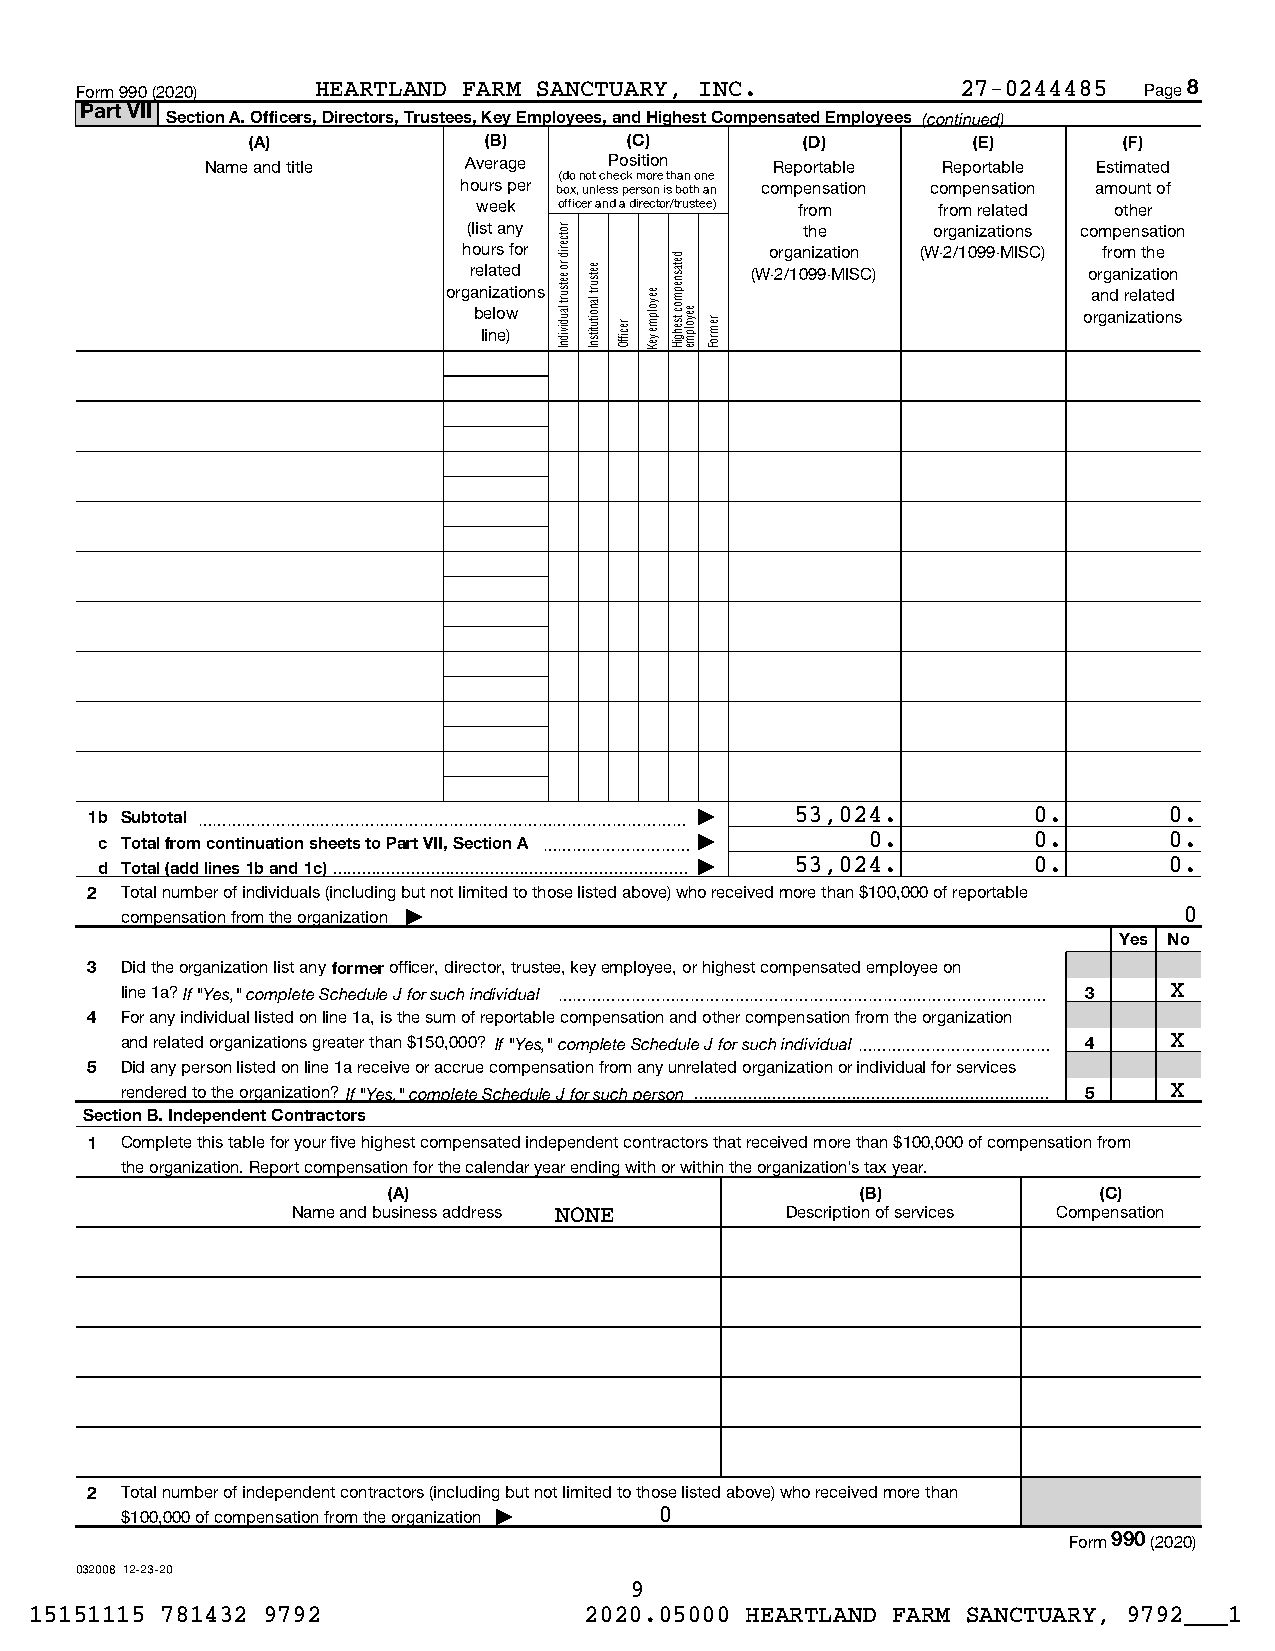
Form 990 (2020) HEARTLAND FARM SANCTUARY, INC.             27-0244485  Page 8
 Part VII
 Section A. Officers, Directors, Trustees, Key Employees, and Highest Compensated Employees (continued)
 (A)             (B)       (C)        (D)        (E)       (F)
 Name and title   Average  Position   Reportable Reportable Estimated
 (do not check more than one
 hours per box, unless person is both an compensation compensation amount of
 week officer and a director/trustee) from from related other
 (list any             the      organizations compensation
 hours for           organization (W-2/1099-MISC) from the
 related            (W-2/1099-MISC)       organization
 organizations                             and related
 below                                    organizations
 line)
 1b Subtotal ~~~~~~~~~~~~~~~~~~~~~~~~~~~~~~~~~ | 53,024.       0.       0.
 c Total from continuation sheets to Part VII, Section A ~~~~~~~~~~ | 0. 0. 0.
 d Total (add lines 1b and 1c) | 53,024. 0.    0.
 2 Total number of individuals (including but not limited to those listed above) who received more than $100,000 of reportable
 compensation from the organization |                                  0
 Yes No
 3 Did the organization list any former officer, director, trustee, key employee, or highest compensated employee on
 line 1a? If "Yes," complete Schedule J for such individual ~~~~~~~~~~~~~~~~~~~~~~~~~~~~~~~~~ 3 X
 4 For any individual listed on line 1a, is the sum of reportable compensation and other compensation from the organization
 and related organizations greater than $150,000? If "Yes," complete Schedule J for such individual~~~~~~~~~~~~~ 4 X
 5 Did any person listed on line 1a receive or accrue compensation from any unrelated organization or individual for services
 rendered to the organization? If "Yes," complete Schedule J for such person  5 X
 Section B. Independent Contractors
 1 Complete this table for your five highest compensated independent contractors that received more than $100,000 of compensation from
 the organization. Report compensation for the calendar year ending with or within the organization's tax year.
 (A)                            (B)             (C)
 Name and business address NONE   Description of services Compensation
 2 Total number of independent contractors (including but not limited to those listed above) who received more than
 $100,000 of compensation from the organization | 0
 Form 990 (2020)
 032008 12-23-20
 9
 15151115 781432 9792                 2020.05000 HEARTLAND FARM SANCTUARY, 9792___1
 rotcerid
 ro eetsurt
 laudividnI
 eetsurt
 lanoitutitsnI
 reciffO
 eeyolpme
 yeK
 detasnepmoc
 tsehgiH eeyolpme remroF